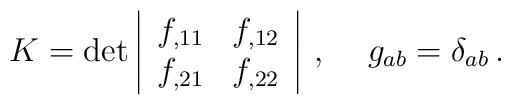
K=\det \left| \begin{array}{cc}f_{,11} & f_{,12} \\f_{,21} & f_{,22} \end{array} \right|\, ,\hspace{0.5cm}g_{ab}=\delta_{ab}\, .